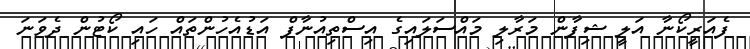
ފެއަރީކޯނާ އަލީ ޝިފާން މަރާލި މައްސަލައިގެ އިސްތިއުނާފް އަޑުއެހުންތައް ހައި ކޯޓުން ދެވަނަ